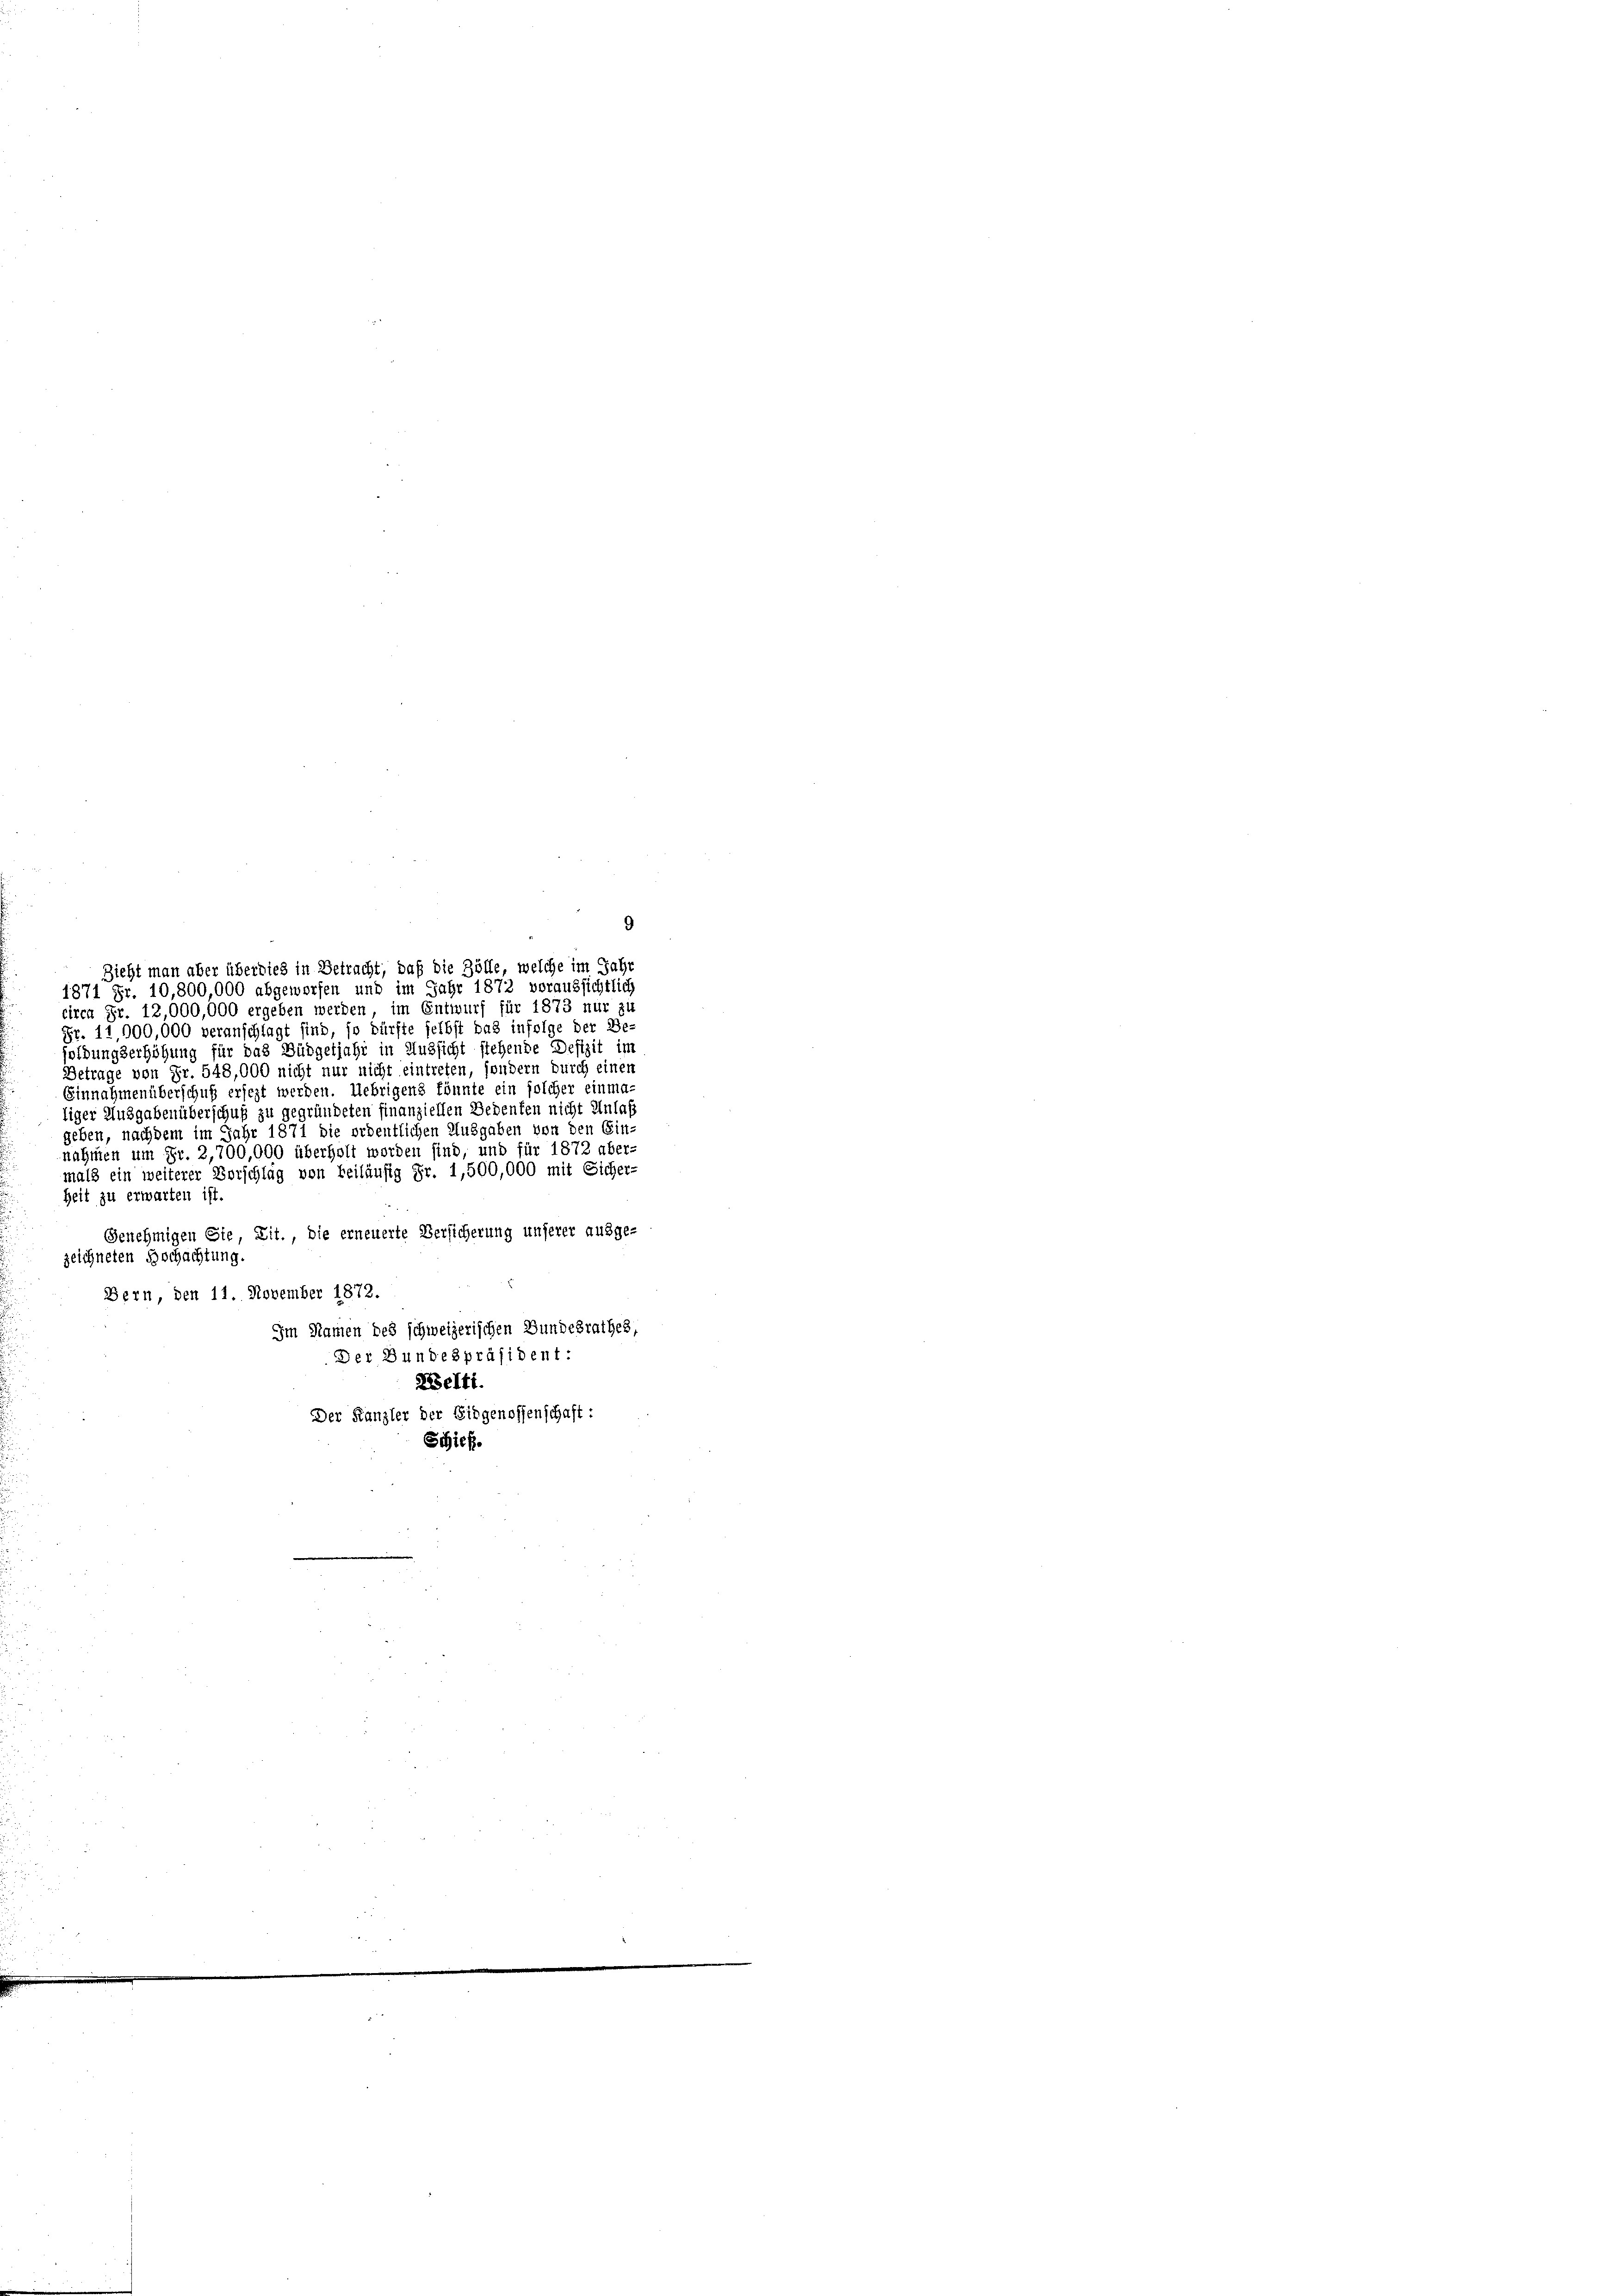
9

00,
00 mit Sicher
mals ein weiterer Vorschlag von beiläufig Fr.
Zeit zu erwarten ist.
Genehmigen Sie, Lit., die erneuerte Versicherung unserer ausge-
zeichneten Bochachtung.
Bern, den 11. November 1872.
Im Namen des schweizerischen Bundesrathes,
Der Bundespräsident:
Zelti.
Der Kanzler der Eidgenossenschaft:
Schieß.

Zieht man aber überdies in Betracht, daß die Zölle, welche im Jahr
1871 Fr. 10,800,000 abgeworfen und im Jahr 1872 voraussichtlich
circa Fr. 12,000,000 ergeben werden, im Entwurf für 1873 nur zu
Fr. 11,900,000 veranschlagt sind, so dürfte selbst das infolge der Be-
soldungserhöhung für das Büdgetjahr in Aussicht stehende Defizit im
Betrage von Fr. 548,000 nicht nur nicht eintreten, sondern durch einen
Einnahmenüberschuß ersezt werden. Uebrigens könnte ein solcher einmaiger Ausgabenüberschuß zu gegründeten finanziellen Bedenten nicht Anlaß
geben, nachdem im Jahr 1871 die ordentlichen Ausgaben von den Ein-
nahmen um Fr. 2,700,000 überholt worden sind, und für 1872 über-